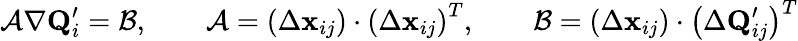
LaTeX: \mathcal{A}\nabla\mathbf{Q}_{i}^{\prime}=\mathcal{B},\qquad\mathcal{A}=\left(\Delta\mathbf{x}_{{ij}}\right)\cdot\left(\Delta\mathbf{x}_{{ij}}\right)^{T},\qquad\mathcal{B}=\left(\Delta\mathbf{x}_{{ij}}\right)\cdot\left(\Delta\mathbf{Q}_{{ij}}^{\prime}\right)^{T}